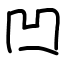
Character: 凹